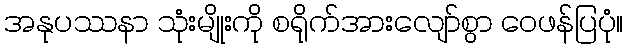
အနုပဿနာ သုံးမျိုးကို စရိုက်အားလျော်စွာ ဝေဖန်ပြပုံ။